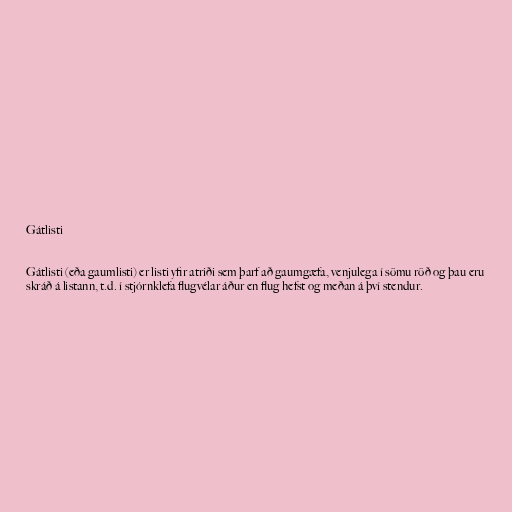
Gátlisti

Gátlisti (eða gaumlisti) er listi yfir atriði sem þarf að gaumgæfa, venjulega í sömu röð og þau eru
skráð á listann, t.d. í stjórnklefa flugvélar áður en flug hefst og meðan á því stendur.